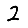
Digit: 2